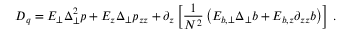
{ \cal D } _ { q } = E _ { \perp } \Delta _ { \perp } ^ { 2 } p + E _ { z } \Delta _ { \perp } p _ { z z } + \partial _ { z } \left[ \frac { 1 } { N ^ { 2 } } \left( E _ { b , \perp } \Delta _ { \perp } b + E _ { b , z } \partial _ { z z } b \right) \right] \, .